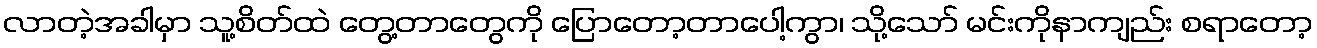
လာတဲ့အခါမှာ သူ့စိတ်ထဲ တွေ့တာတွေကို ပြောတော့တာပေါ့ကွာ၊ သို့သော် မင်းကိုနာကျည်း စရာတော့